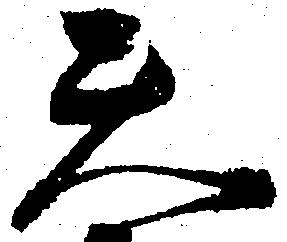
天